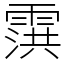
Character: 霟